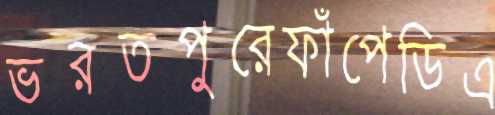
ভরতপুরেফাঁপেডিএ